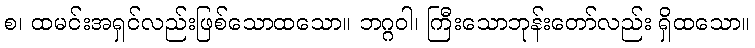
စ၊ ထမင်းအရှင်လည်းဖြစ်သောထသော။ ဘဂ္ဂဝါ၊ ကြီးသောဘုန်းတော်လည်း ရှိထသော။